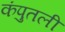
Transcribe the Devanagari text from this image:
कंपुतली